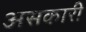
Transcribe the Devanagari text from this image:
असकारी